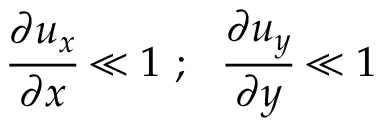
{ \cfrac { \partial u _ { x } } { \partial x } } \ll 1 ~ ; ~ ~ { \cfrac { \partial u _ { y } } { \partial y } } \ll 1